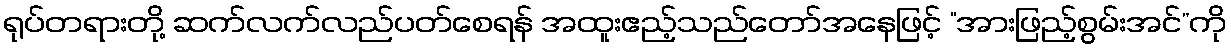
ရုပ်တရားတို့ ဆက်လက်လည်ပတ်စေရန် အထူးဧည့်သည်တော်အနေဖြင့် “အားဖြည့်စွမ်းအင်”ကို